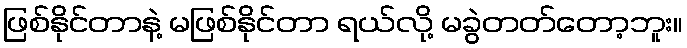
ဖြစ်နိုင်တာနဲ့ မဖြစ်နိုင်တာ ရယ်လို့ မခွဲတတ်တော့ဘူး။